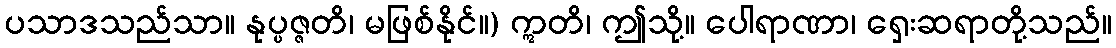
ပသာဒသည်သာ။ နုပ္ပဇ္ဇတိ၊ မဖြစ်နိုင်။) ဣတိ၊ ဤသို့။ ပေါရာဏာ၊ ရှေးဆရာတို့သည်။